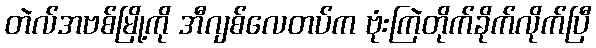
တဲလ်အဗစ်မြို့ကို အီဂျစ်လေတပ်က ဗုံးကြဲတိုက်ခိုက်လိုက်ပြီ